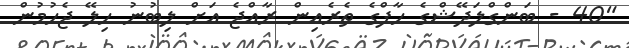
"40 - ބަންގްލަދޭޝްގެ ހާފްގެ ތެރެއިން ރާއްޖެ އަށް ލިބުނު ހިލޭ ޖެހުމުން